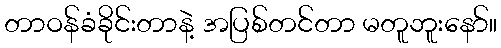
တာဝန်ခံခိုင်းတာနဲ့ အပြစ်တင်တာ မတူဘူးနော်။